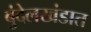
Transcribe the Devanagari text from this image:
बुंदेलखंडात